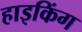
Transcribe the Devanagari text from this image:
हाइकिंग